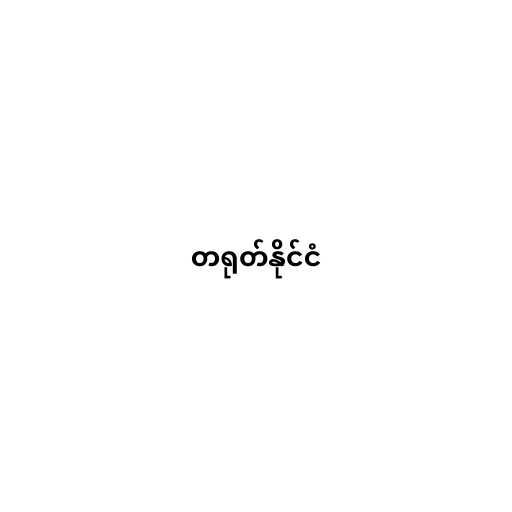
တရုတ်နိုင်ငံ